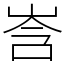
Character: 㟔